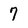
Character: 7